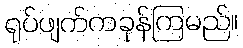
ရုပ်ဖျက်ကခုန်ကြမည်။